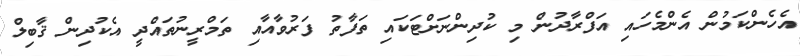
އެހެންކަމުން އެންމެހައި އަފްރާދުން މި ކުދިންނަށްޓަކައި ތަފާތު ފަރުވާއާއި ތަމްރީނުތައްދީ އެކުދިން ޤާބިލް